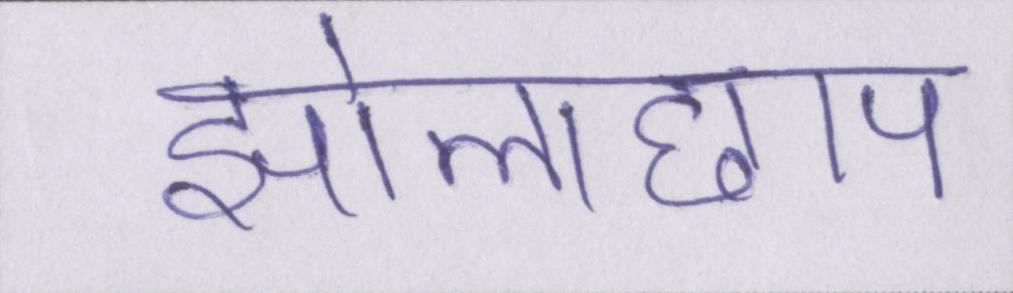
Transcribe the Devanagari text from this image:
झोलाछाप